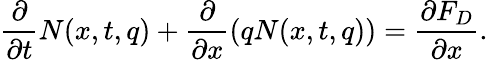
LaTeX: \frac{\partial}{\partial{t}}N(x,t,q)+\frac{\partial}{\partial{x}}(qN(x,t,q))=\frac{\partial{F_{D}}}{\partial{x}}.